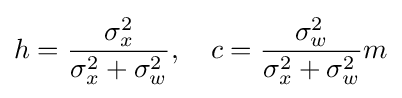
h={\frac {\sigma _{x}^{2}}{\sigma _{x}^{2}+\sigma _{w}^{2}}},\quad c={\frac {\sigma _{w}^{2}}{\sigma _{x}^{2}+\sigma _{w}^{2}}}m